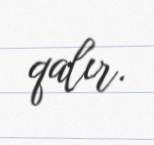
qalır.